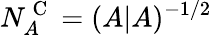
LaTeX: N_{A}^{\mathrm{~C~}}=(A|A)^{-1/2}